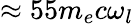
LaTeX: \approx 55m_{e}c\omega_{l}